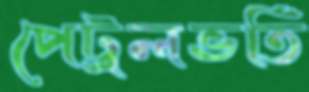
পেট্রলভর্তি